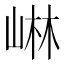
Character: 崊